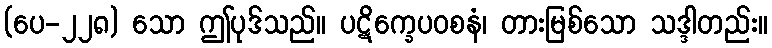
(ပေ-၂၂၈) သော ဤပုဒ်သည်။ ပဋိက္ခေပဝစနံ၊ တားမြစ်သော သဒ္ဒါတည်း။